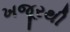
ખજૂરથી